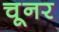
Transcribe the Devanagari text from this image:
चूनर